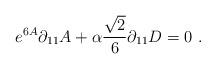
LaTeX: \begin{align*}e^{6A}\partial_{11}A+\alpha{{\sqrt{2}}\over{6}}\partial_{11}D=0 \ . \end{align*}